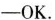
-OK.